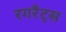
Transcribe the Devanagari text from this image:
रगरैट्स